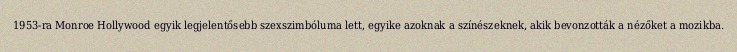
1953-ra Monroe Hollywood egyik legjelentősebb szexszimbóluma lett, egyike azoknak a színészeknek, akik bevonzották a nézőket a mozikba.